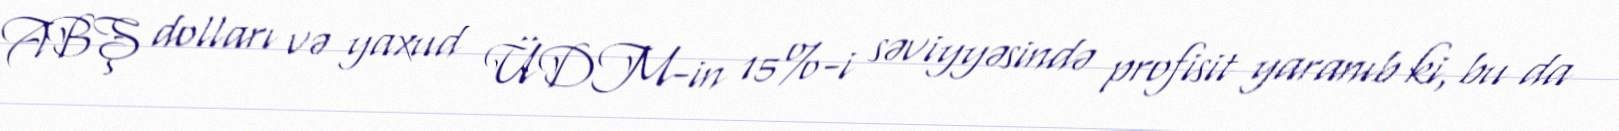
ABŞ dolları və yaxud ÜDM-in 15%-i səviyyəsində profisit yaranıb ki, bu da